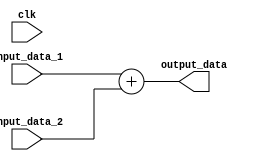
module adder (clk , input_data_1, input_data_2, output_data);
    input clk;
    parameter n = 64;
	input [n - 1 : 0] input_data_1, input_data_2;
	output reg [n - 1 : 0] output_data;

    always @(input_data_1)
    begin
        output_data = input_data_1 + input_data_2;
    end
endmodule